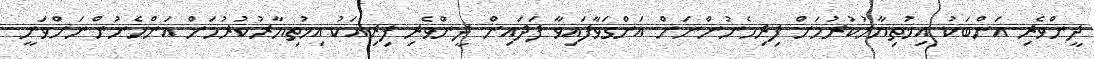
ދީންވެރި އަންބަކު އިޚުތިޔާރުކުރުމަށް ފިރިހެނުންނަށް އަންގަވާފައިވާ ފަދައިން ދީންވެރި ފިރިއަކު އިޚުތިޔާރުކުރުމަށް އަންހެނުންނަށްވަނީ